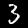
Label: 3